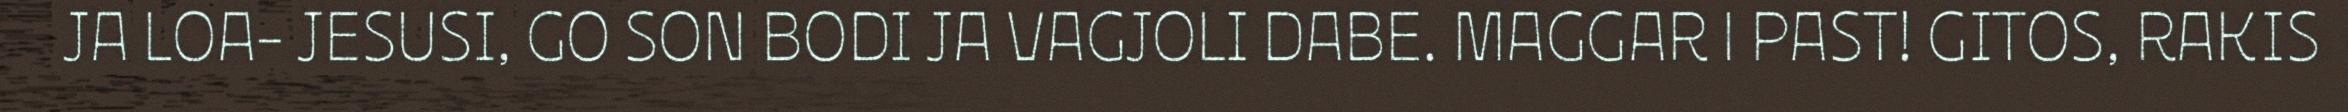
JA LOA- JESUSI, GO SON BODI JA VAGJOLI DABE. MAGGAR | PAST! GITOS, RAKIS